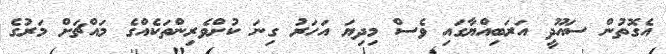
އެގޮތުން ސައޫދީ އަރަބިއްޔާގައި ވެސް މިދިޔަ އަހަރު ގިނަ ކުށްވެރިންތަކެއްގެ މައްޗަށް މަރުގެ